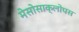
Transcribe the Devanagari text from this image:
मेसोसाक्लोपस